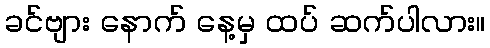
ခင်ဗျား နောက် နေ့မှ ထပ် ဆက်ပါလား။